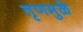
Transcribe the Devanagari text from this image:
तृणमुळे